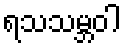
ရသသမ္ဘဝါ